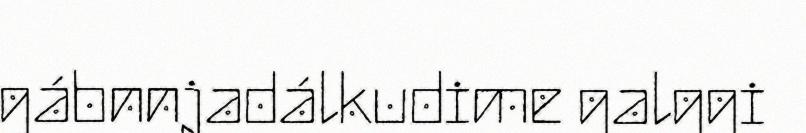
gábnnjadálkudime galggi